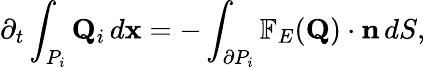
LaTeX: \partial_{t}\int_{P_{i}}\mathbf{Q}_{i}\, d\mathbf{x}=-\int_{\partial P_{i}}\mathbb{F}_{E}(\mathbf{Q})\cdot\mathbf{n}\, dS,